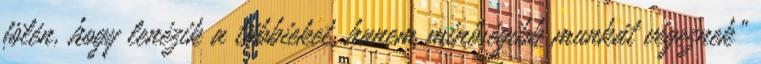
fölén, hogy lenézik a többieket, hanem minőségibb munkát végeznek”